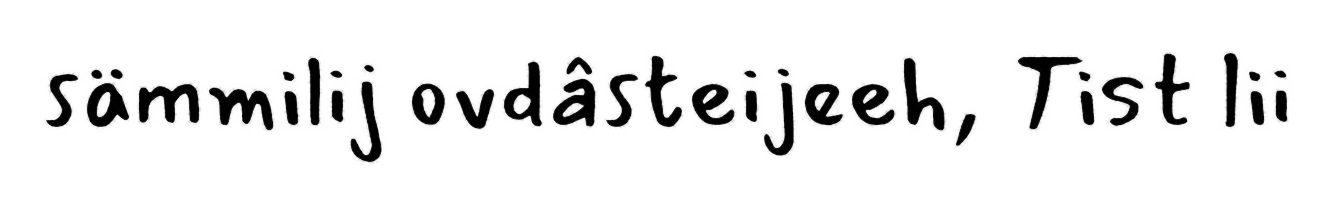
sämmilij ovdâsteijeeh, Tist lii